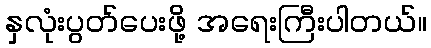
နှလုံးပွတ်ပေးဖို့ အရေးကြီးပါတယ်။